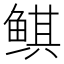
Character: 鲯